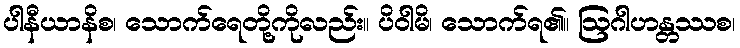
ပါနီယာနိစ၊ သောက်ရေတို့ကိုလည်း။ ပိဝါမိ၊ သောက်ရ၏။ ဩဂါဟန္တဿစ၊